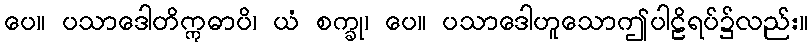
ပေ။ ပသာဒေါတိဣဓာပိ၊ ယံ စက္ခု၊ ပေ။ ပသာဒေါဟူသောဤပါဠိရပ်၌လည်း။